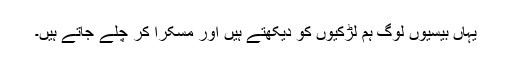
یہاں بیسیوں لوگ ہم لڑکیوں کو دیکھتے ہیں اور مسکرا کر چلے جاتے ہیں۔